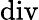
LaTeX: \operatorname{div}